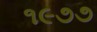
૧૯૭૭